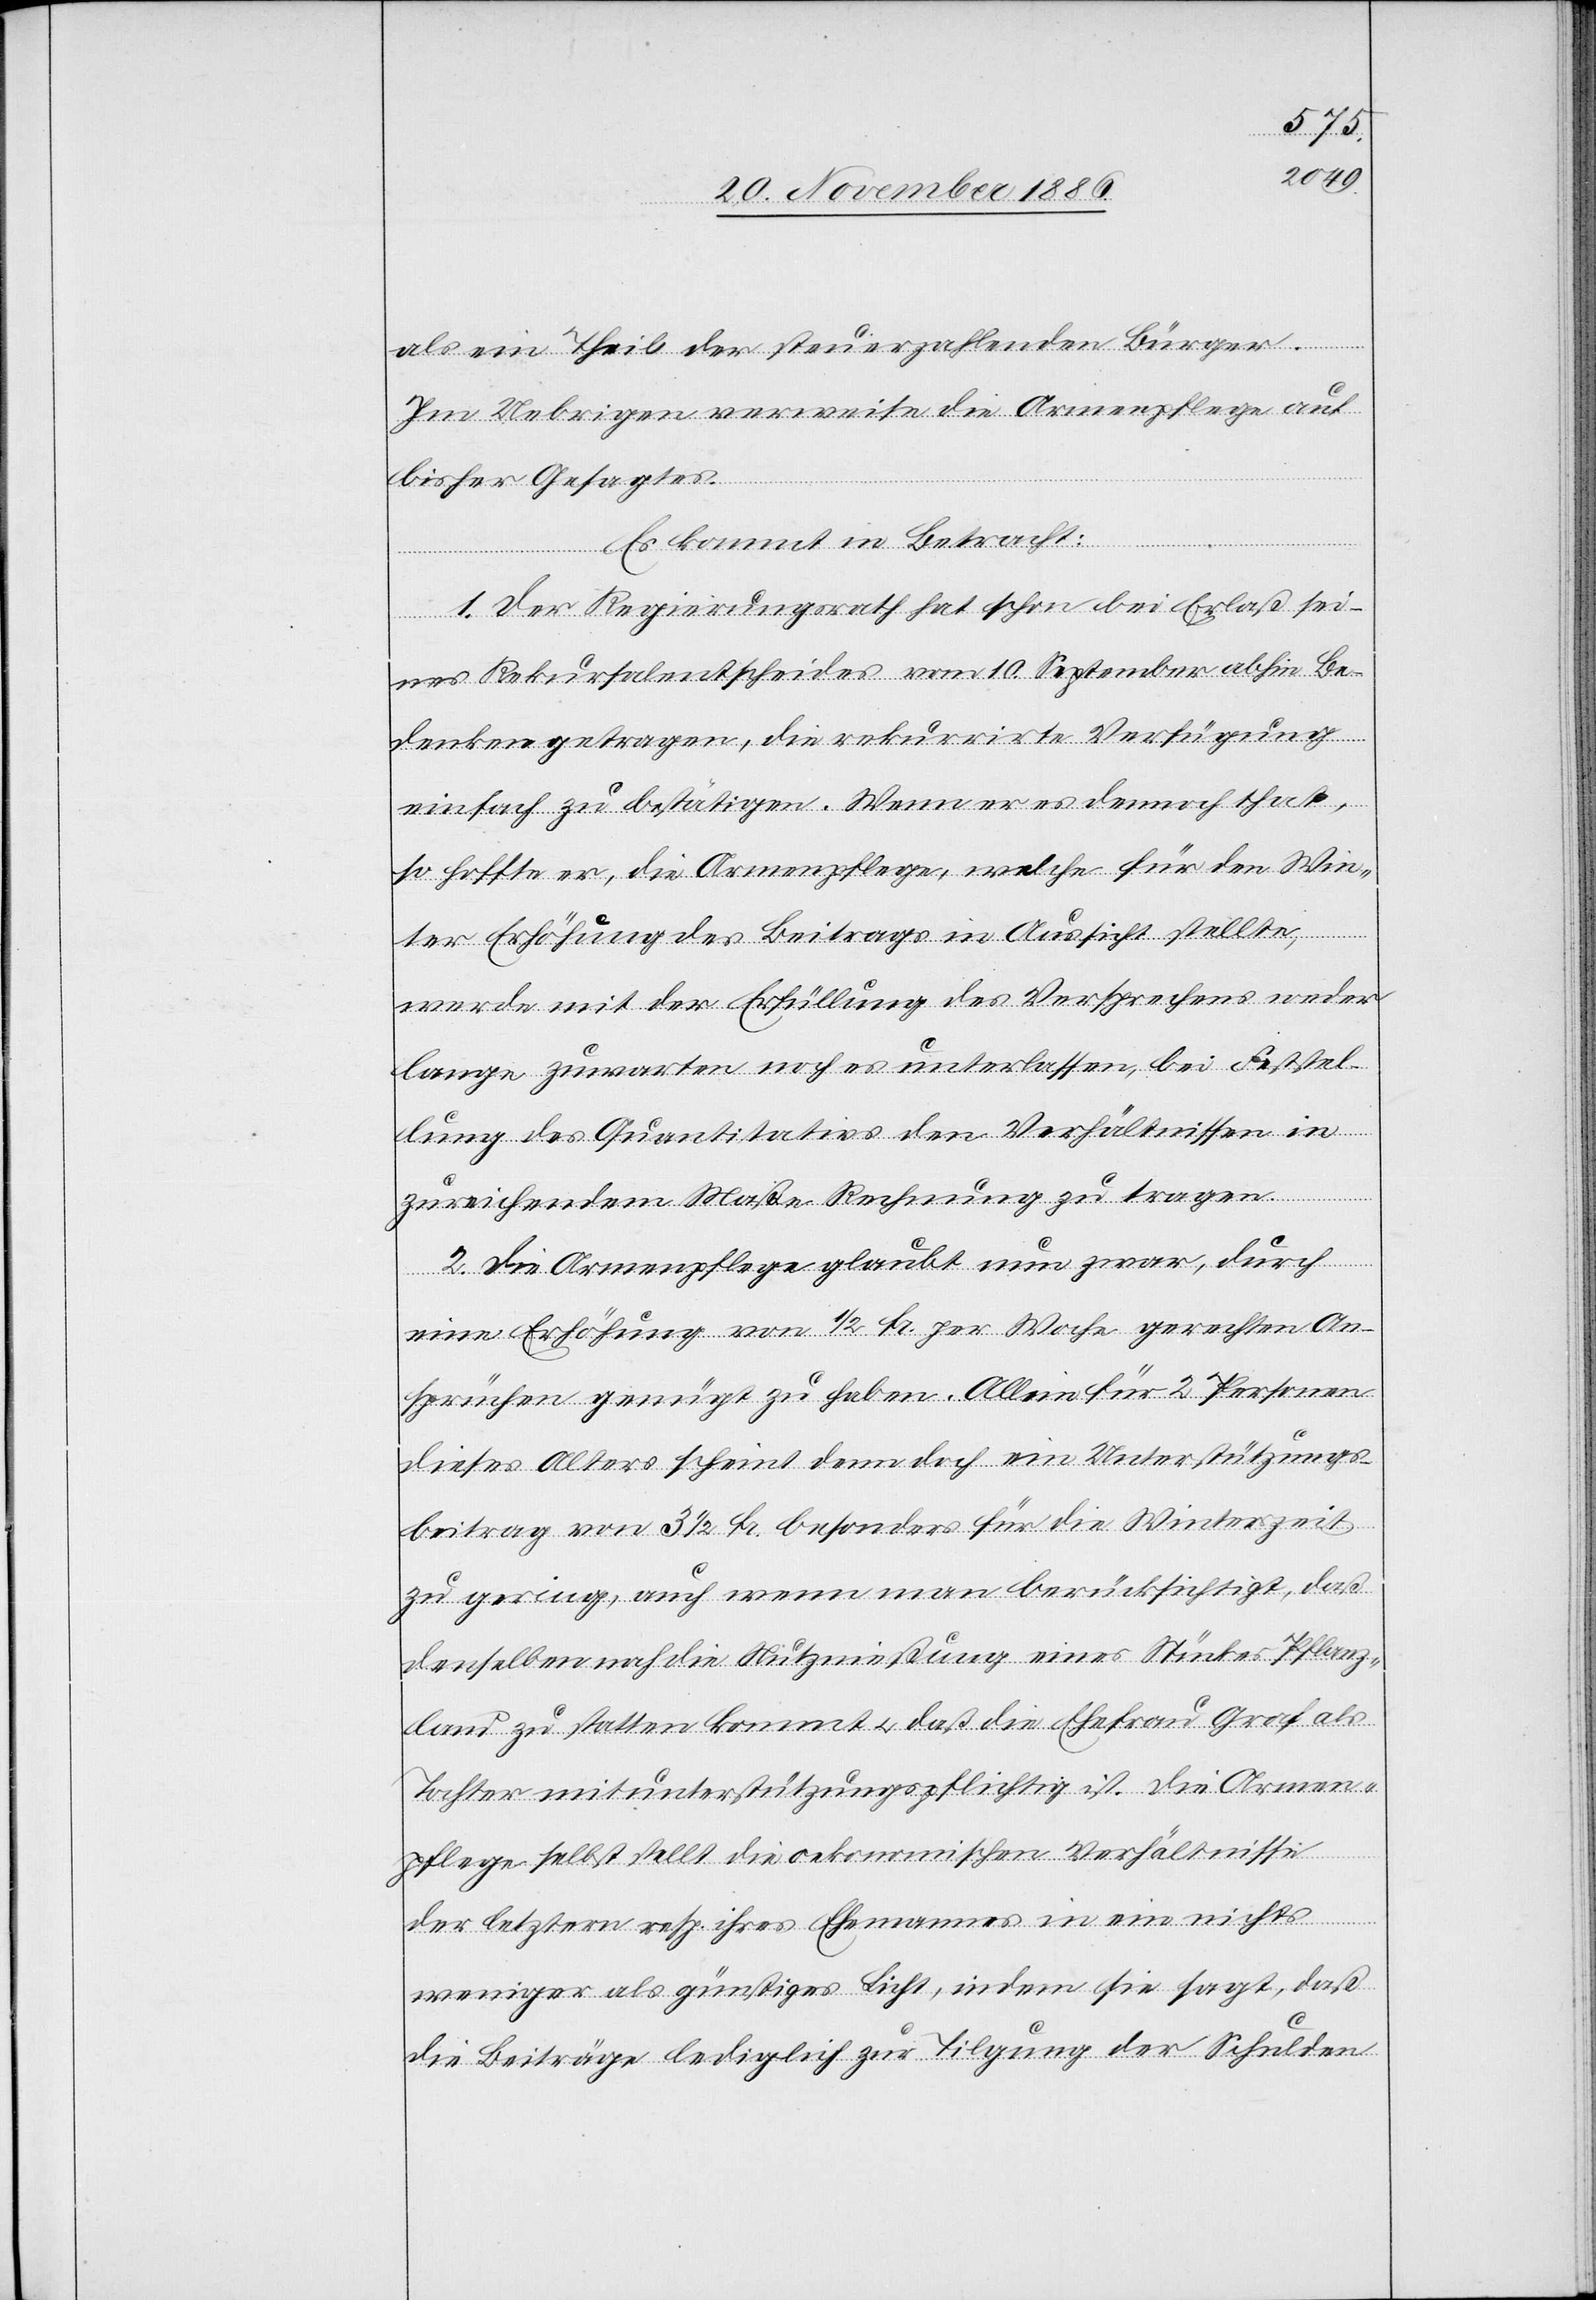
als ein Theil der steuerzahlenden Bürger.
Im Uebrigen verweise die Armenpflege auf
bisher Gesagtes.
Es kommt in Betracht:
1. Der Regierungsrath hat schon bei Erlaß sei¬
nes Rekursalentscheides vom 10. September abhin Be¬
denken getragen, die rekurrirte Verfügung
einfach zu bestätigen. Wenn er es dennoch that,
so hoffte er, die Armenpflege, welche für den Win¬
ter Erhöhung des Beitrags in Aussicht stellte,
werde mit der Erfüllung des Versprechens weder
lange zuwarten noch es unterlassen, bei Feststel¬
lung des Quantitativs den Verhältnissen in
zureichendem Maße Rechnung zu tragen.
2. Die Armenpflege glaubt nun zwar, durch
eine Erhöhung von 1/2 Fr. per Woche gerechten An¬
sprüchen genügt zu haben. Allein für 2 Personen
dieses Alters scheint denn doch ein Unterstützungs¬
beitrag von 3 1/2 Fr. besonders für die Winterszeit
zu gering, auch wenn man berücksichtigt, daß
denselben noch die Nutznießung eines Stückes Pflanz¬
land zu statten kommt & daß die Ehefrau Graf als
Tochter mitunterstützungspflichtig ist. Die Armen¬
pflege selbst stellt die oekonomischen Verhältnisse
der letztern resp. ihres Ehemannes in ein nichts
weniger als günstiges Licht, indem sie sagt, daß
die Beiträge lediglich zur Tilgung der Schulden